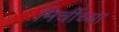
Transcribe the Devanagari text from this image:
मिर्चीच्या